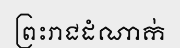
ព្រះរាជដំណាក់